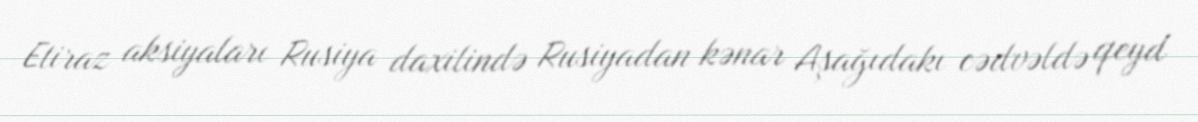
Etiraz aksiyaları Rusiya daxilində Rusiyadan kənar Aşağıdakı cədvəldə qeyd